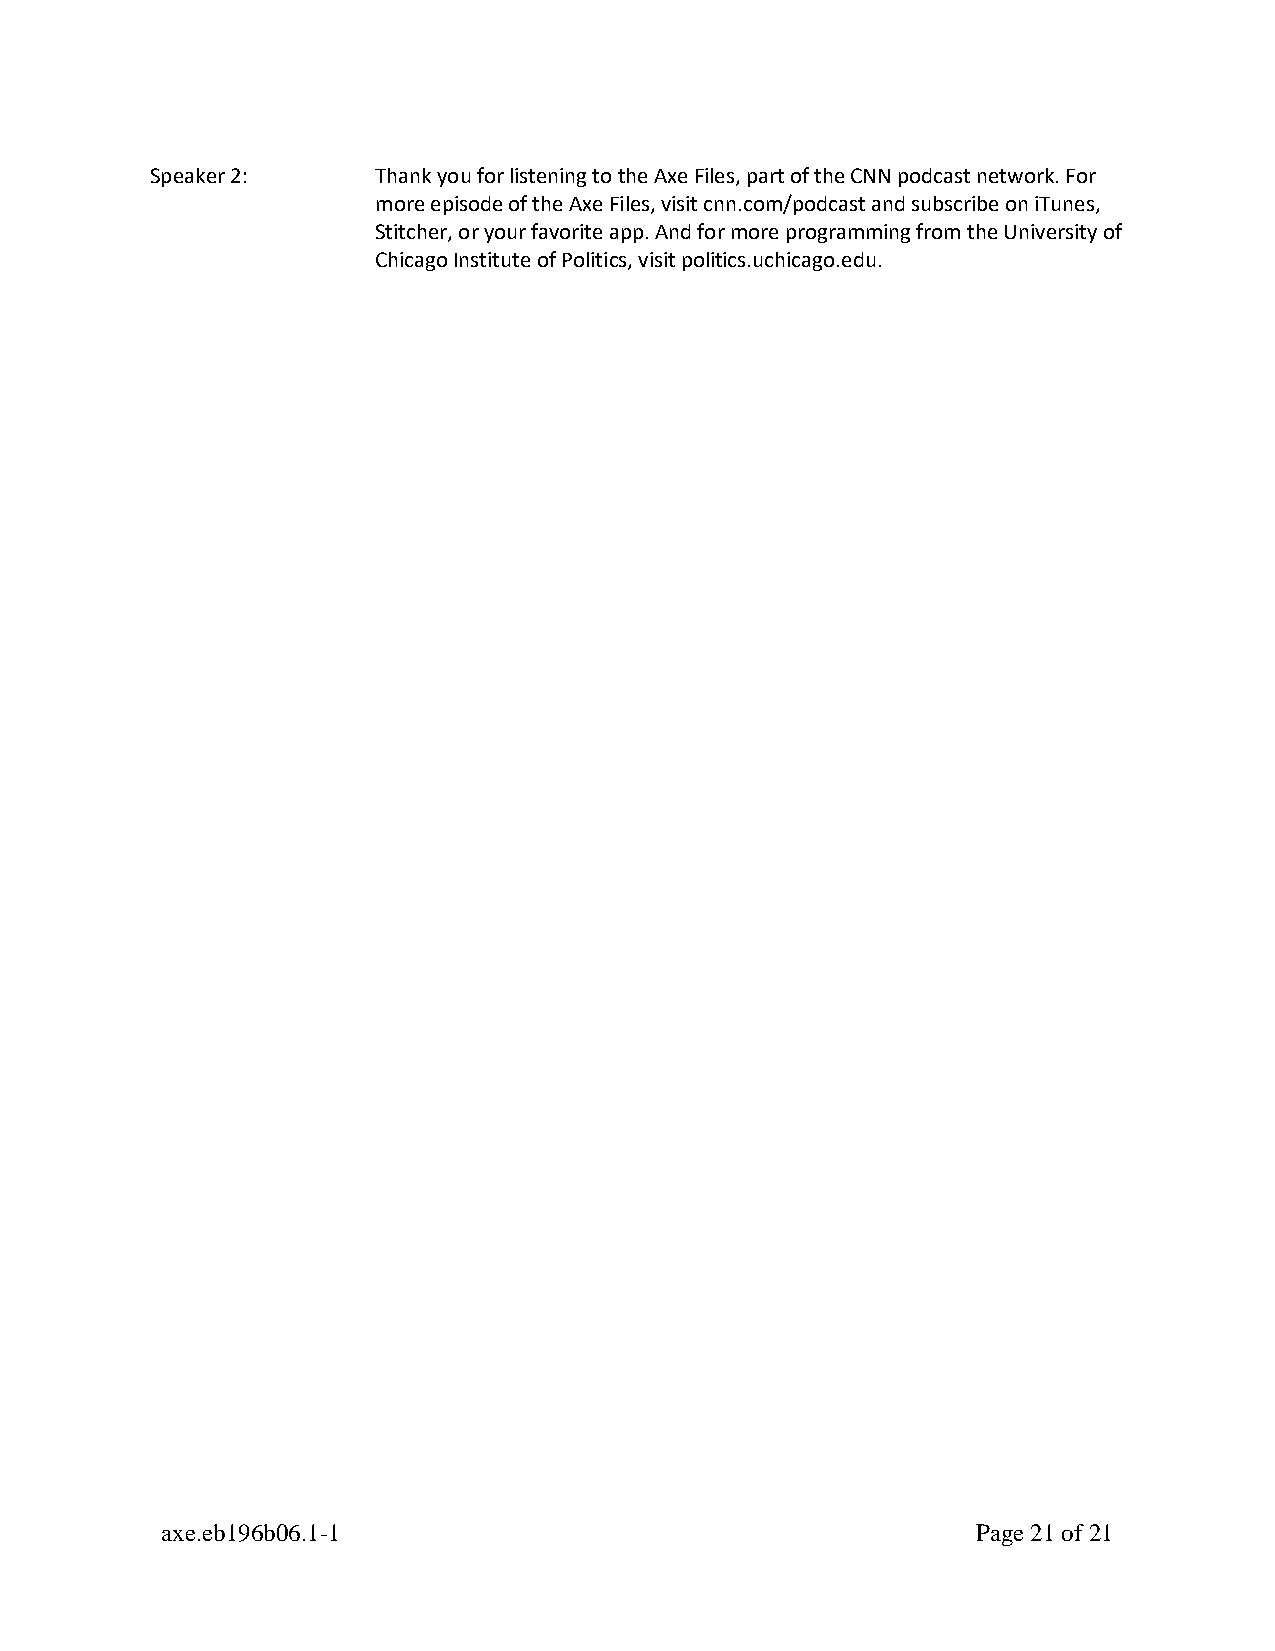
Speaker 2:     Thank you for listening to the Axe Files, part of the CNN podcast network. For
 more episode of the Axe Files, visit cnn.com/podcast and subscribe on iTunes,
 Stitcher, or your favorite app. And for more programming from the University of
 Chicago Institute of Politics, visit politics.uchicago.edu.
 axe.eb196b06.1-1                                      Page 21 of 21